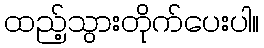
ထည့်သွားတိုက်ပေးပါ။